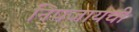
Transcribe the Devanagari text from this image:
निपजायची